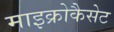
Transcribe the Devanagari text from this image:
माइक्रोकैसेट